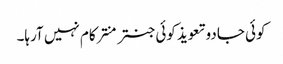
کوئی جادو تعویذ کوئی جنتر منتر کام نہیں آرہا۔